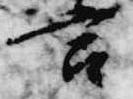
宮